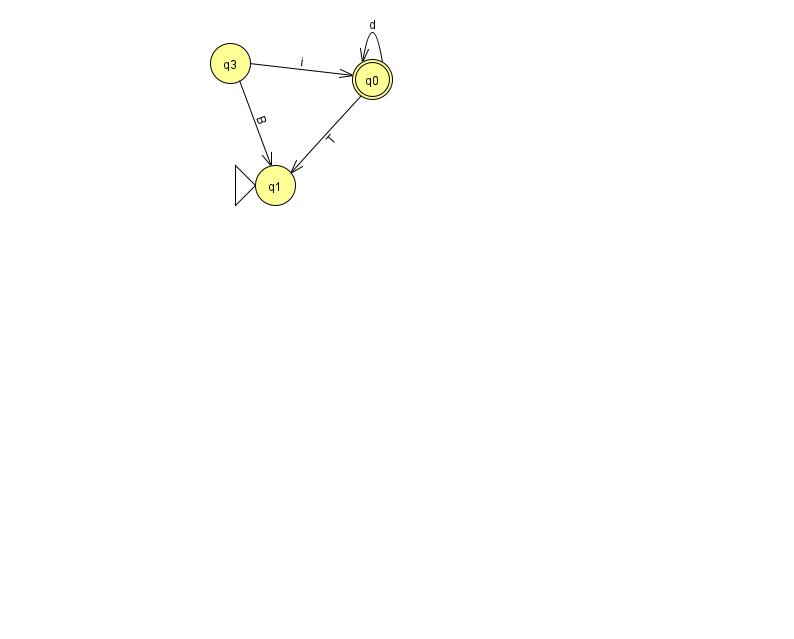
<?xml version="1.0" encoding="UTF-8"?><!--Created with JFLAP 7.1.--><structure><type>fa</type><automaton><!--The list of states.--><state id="0" name="q0"><x>372.0</x><y>66.0</y><final/></state><state id="1" name="q1"><x>275.0</x><y>172.0</y><initial/></state><state id="3" name="q3"><x>230.0</x><y>50.0</y></state><!--The list of transitions.--><transition><from>0</from><to>1</to><read>T</read></transition><transition><from>3</from><to>0</to><read>i</read></transition><transition><from>0</from><to>0</to><read>d</read></transition><transition><from>3</from><to>1</to><read>B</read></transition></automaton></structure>